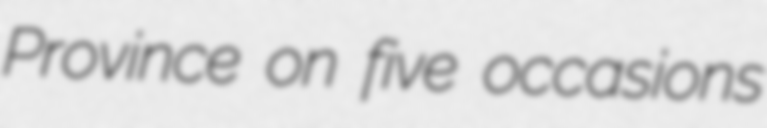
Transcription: Province on five occasions